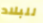
للبلاد